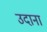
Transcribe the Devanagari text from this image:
उदाना